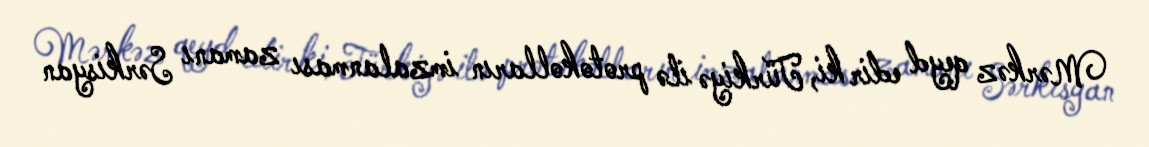
Mərkəz qeyd edir ki, Türkiyə ilə protokolların imzalanması zamanı Sərkisyan